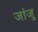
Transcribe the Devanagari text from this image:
जांजु